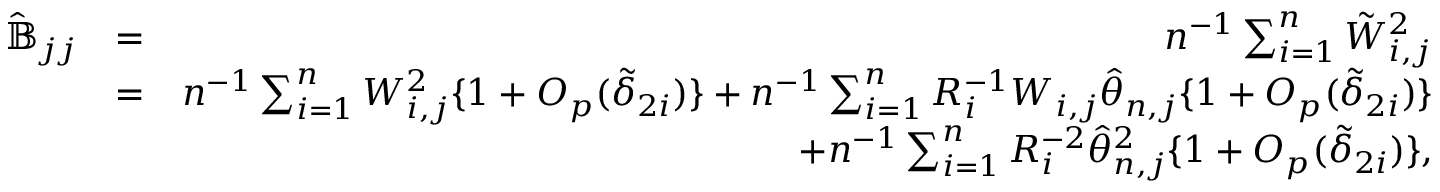
\begin{array} { r l r } { \hat { { \mathbb { B } } } _ { j j } } & { = } & { n ^ { - 1 } \sum _ { i = 1 } ^ { n } \tilde { W } _ { i , j } ^ { 2 } } \\ & { = } & { n ^ { - 1 } \sum _ { i = 1 } ^ { n } W _ { i , j } ^ { 2 } \{ 1 + O _ { p } ( \tilde { \delta } _ { 2 i } ) \} + n ^ { - 1 } \sum _ { i = 1 } ^ { n } R _ { i } ^ { - 1 } W _ { i , j } \hat { \theta } _ { n , j } \{ 1 + O _ { p } ( \tilde { \delta } _ { 2 i } ) \} } \\ & { } & { + n ^ { - 1 } \sum _ { i = 1 } ^ { n } R _ { i } ^ { - 2 } \hat { \theta } _ { n , j } ^ { 2 } \{ 1 + O _ { p } ( \tilde { \delta } _ { 2 i } ) \} , } \end{array}